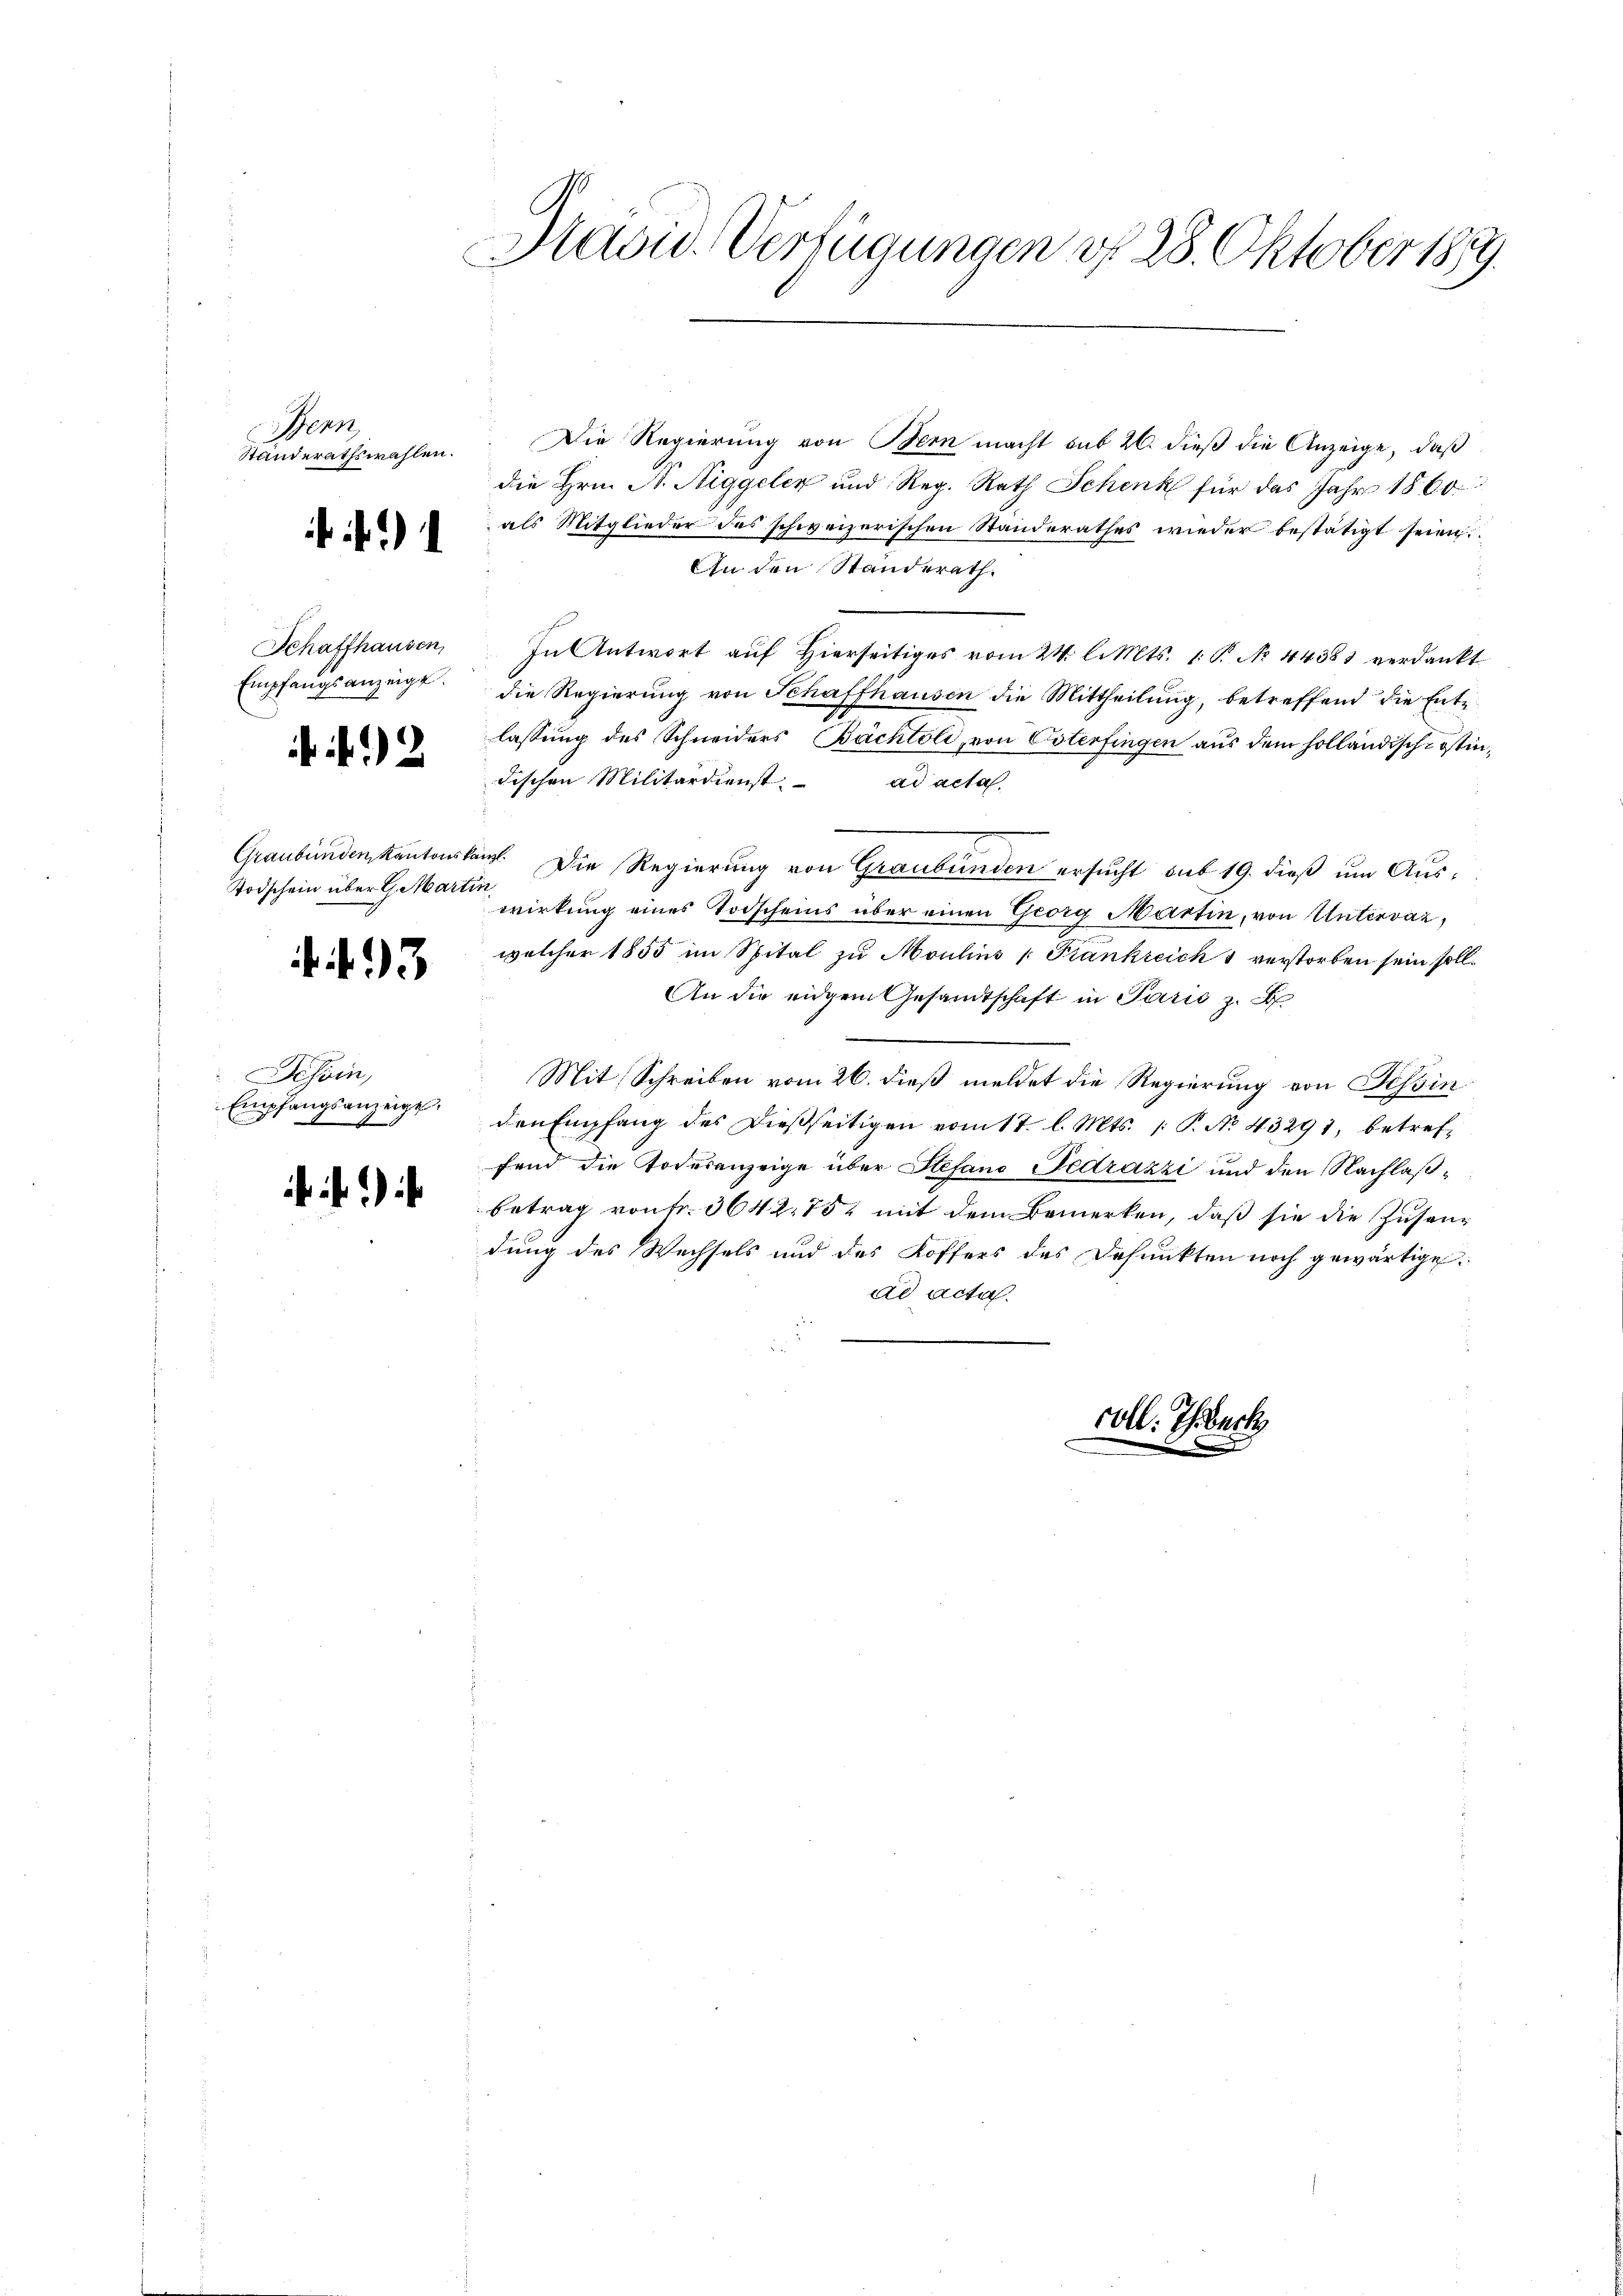
Bern
Standerathswahlen.

Schaffhausen,
Empfangsanzeige.

2

Graubünden Kantonska
Todschein über G. Marti

3

esoin,
Empfangsanzeigt.

f.)

Kasid. Verfügungen § 28. Oktober 1859.

Die Regierung von Bern macht sub 20. dieß die Anzeige, daß
die Hrn. N. Riggeler und Reg. Rath Schenk für das Jahr 1860
als Mitglieder des schweizerischen Standerathes wieder bestätigt seien.
An den Standerath.
In Antwort auf Hierseitiges vom 24. l. Mts. 1. P. No. 44383 verdankt
die Regierŭng von Schaffhausen die Mittheilŭng, betreffend die Ente
lassung des Schneiders Bächtoli, von Osterfingen aus dem holländisch-östindischen Militärdienst.
ad acta.
in. Die Regierung von Graubünden ersucht sub 19. dieß um Aus¬
12
wirkung eines Todscheins über einen Georg Martin, von Unterrat,
welcher 1855 im Spital zu Moulins Frankreich & verstorben sein soll.
An die eidgem Gesamtschaft in Paris z. B
Mit Schreiben vom 26. dieß meldet die Regierung von Tessin
den Empfang des dießseitigen vom 17. l. Mts. 1. P. No. 43291, betreffend die Todesanzeige über Stefand Fedrazzi und den Nachlaß¬
Betrag von Fr. 364 275, mit dem Bemerken, daß sie die Zusamdung des Wechsels und des Koffers des Defunkten noch gewärtige.
ad acta.
coll. Ihrbeck.
n